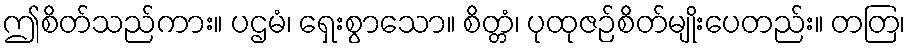
ဤစိတ်သည်ကား။ ပဌမံ၊ ရှေးစွာသော။ စိတ္တံ၊ ပုထုဇဉ်စိတ်မျိုးပေတည်း။ တတြ၊